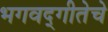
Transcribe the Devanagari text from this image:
भगवद्‌गीतेचे